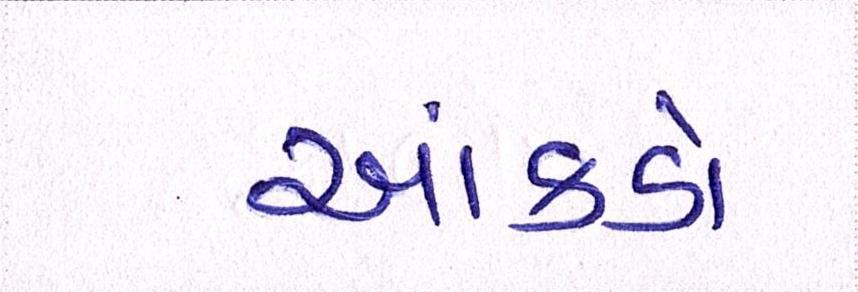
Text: આંકડો